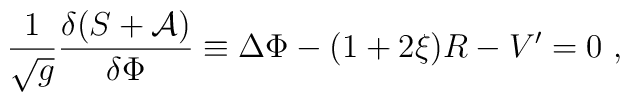
{1\over\sqrt{g}}{\delta(S+{\cal A})\over\delta\Phi}\equiv\Delta\Phi-(1+2\xi)R                                                    -V'=0 \ ,